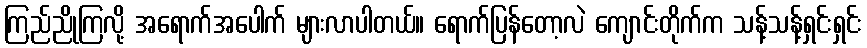
ကြည်ညိုကြလို့ အရောက်အပေါက် များလာပါတယ်။ ရောက်ပြန်တော့လဲ ကျောင်းတိုက်က သန့်သန့်ရှင်းရှင်း